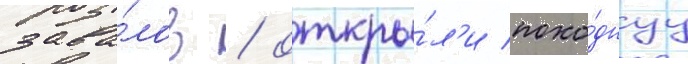
зава́лов / откры́л'и похо́днуу